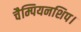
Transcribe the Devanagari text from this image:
चैम्पियनशिप।